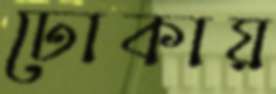
ঢোকায়